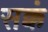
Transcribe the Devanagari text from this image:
सक्कं